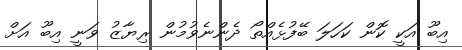
އިބޫ އަކީ ކޮން ކަހަލަ ބޭފުޅެއްތޯ ދެންނެވުމުން ރިޔާޒު ވަނީ އިބޫ އަށް